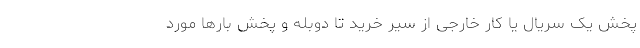
پخش یک سریال یا کار خارجی از سِیر خرید تا دوبله و پخش بارها مورد